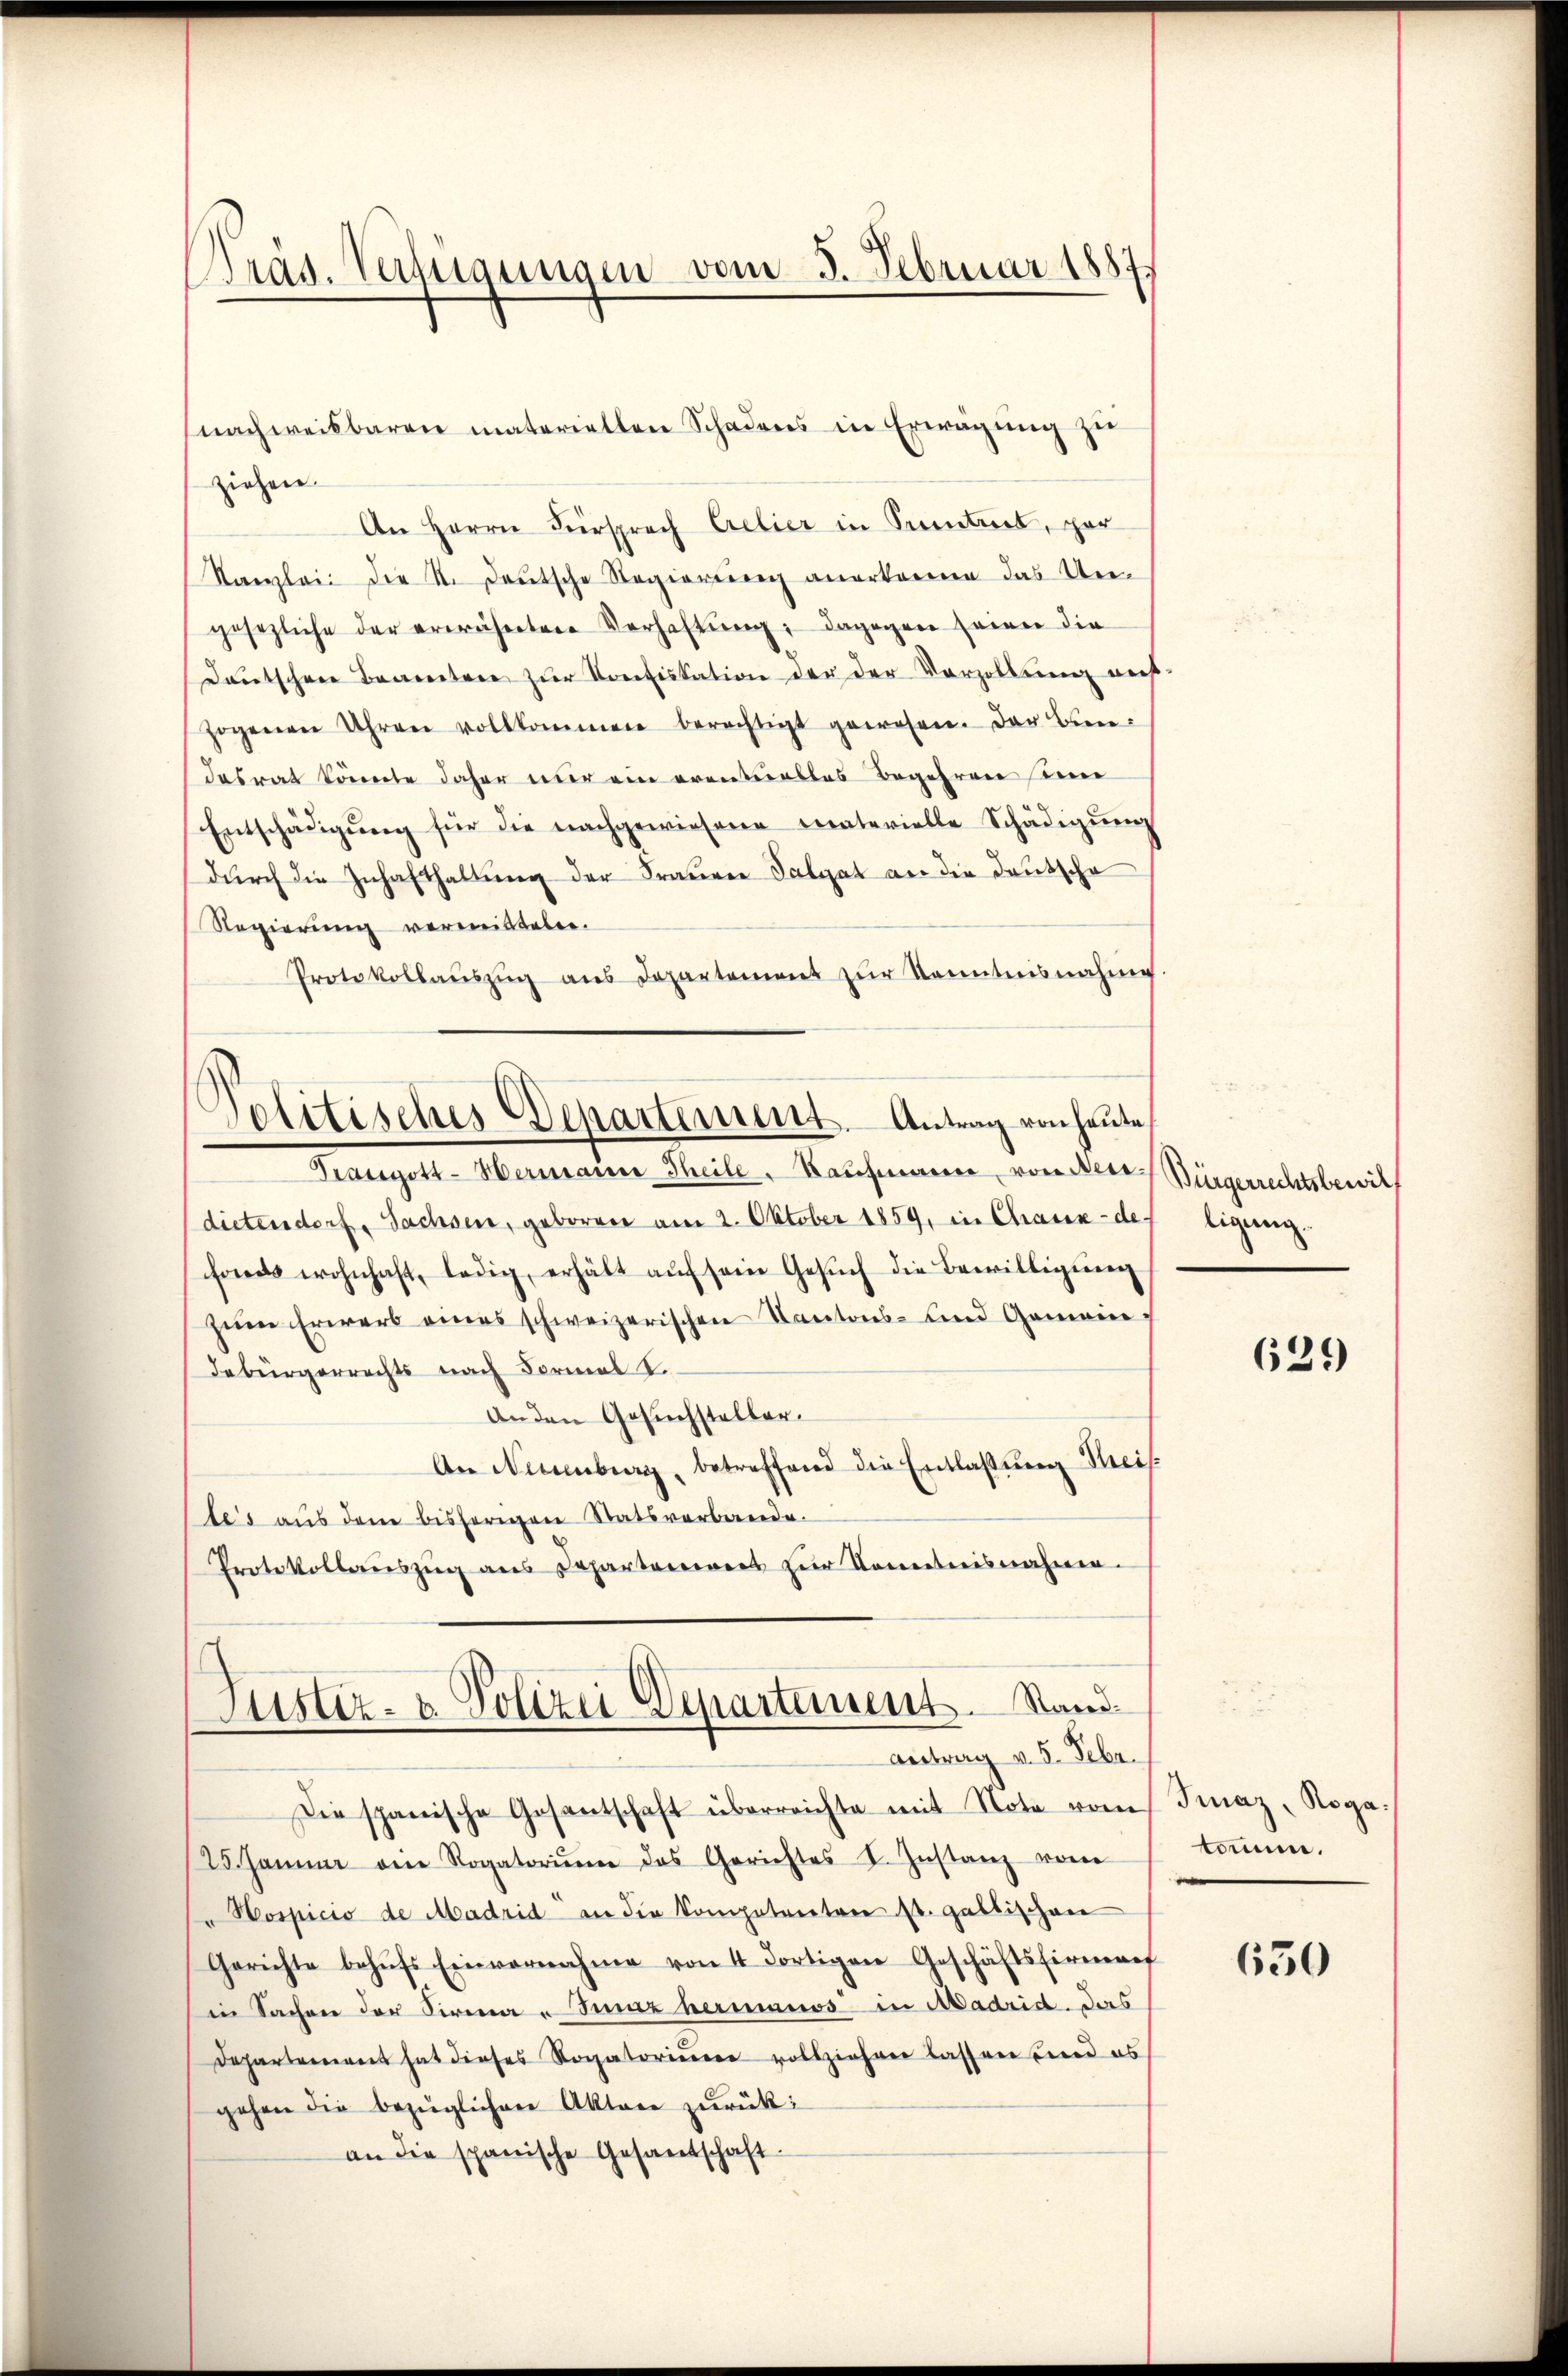
Präs. Verfügungen vom 5. Februar 1887

ziehen.
An Herrn Fürsprach Crelier in Sentiel, par
Kanzlei die N. Deutsche Regierŭng anerkenne das Un-
gesezliche der erwähneten Verhaltŭng, dagegen seiner die
Deutschene Beantere zur Konfiskation der der Vorzollung auf
zogenen Uhren vollkommen berechtigt gewesen. Der Bun-
dasrat könnte daher nur ein erentuelles Begehren eine
Entschädigŭng für die nachgewiesene Teaterielle Schädigung
durch die Zuhafthaltung der Frauen Talgat an die deutsche
Regierung vermittelen.
Protokollaŭszŭg ans Departement zŭr Kenntnisnahme.
Prangott-Hermann Theile. Kaufmann, von Besidietendorf, Sachsen, geboren am 2. Oktober 1859, in Chaux-de-
fonds wohnhaft, ledig, erhält auf sein Gesuch die Bewilligung
zum Erwerb eines schweizerischen Kantons- und Gemeindebürgerrechts nach Formal S.
Anden Gesuchsteller.
An Neuenburg, betreffend die Entlaßung Reis
tes aus dem bisherigen Statsverbande.
Protokollaŭszŭg ans Departiers zur Kenntnisnahmen.
Justiz- & Polizei Departement. Stand
Antrag v. 5. Febr.
Die spanische Gesantschaft überreichte mit Note vom Finaz, Roga¬
25. Januar ein Rogatoriŭm das Gerichtes I. Instanz von
Hospicio de Madrid an die Kompetentare st. gallischen
Gerichte behufs Einvernahme von 4 dortigen Geschäftsfirmref
in Sachen der Firma „Junz hermanos in Madrid. Das
Departement hat dieses Rogatorium vollziehen lassen sind es
gehen die bezüglicher Aktare zurück:
an die spanische Gesantschaft.

nachweisbaren materiellen Schadens in Erwägung zu

Politisches Departement. Antrag von heute,

Bürgerrechtsbewill
tigung.

629)

komme.

650